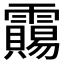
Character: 𱁦